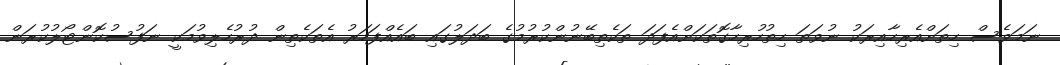
ނަމަވެސް ހިތަށްއެރިހާއިރަކު ނުވަތަ ހިތުހުރިހާގޮތަކަށްއެފަދަ ތަކެތިބޭނުންކުރުމުގެ ބަދަލުގައި ބައެއްފަހަރު އެތަކެތިން ދުރުހެލިވުމަކީ ނަފުސުކޮންޓޯލުކުރަން